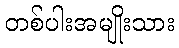
တစ်ပါးအမျိုးသား